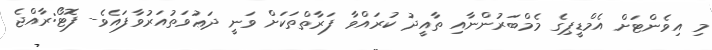
މި އިވެންޓަށް އެމްޑީޕިގެ މެމްބަރުންނާއި ތާއީދު ކުރައްވާ ފަރާތްތަކަށް ވަނީ ދަޢުވަތުއަރުވާފައެވެ- ފޮޓޯ:ރާއްޖެ